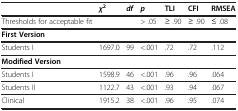
<table><thead><tr><td><b> </b></td><td><b><i>χ</i><sup>2</sup></b></td><td><b><i>df</i></b></td><td><b><i>p</i></b></td><td><b>TLI</b></td><td><b>CFI</b></td><td><b>RMSEA</b></td></tr></thead><tbody><tr><td>Thresholds for acceptable fit</td><td> </td><td> </td><td>&gt; .05</td><td>≥ .90</td><td>≥ .90</td><td>≤ .08</td></tr><tr><td><b>First Version</b></td><td> </td><td> </td><td> </td><td> </td><td> </td><td> </td></tr><tr><td>Students I</td><td>1697.0</td><td>99</td><td>&lt;.001</td><td>.72</td><td>.72</td><td>.112</td></tr><tr><td><b>Modified Version</b></td><td> </td><td> </td><td> </td><td> </td><td> </td><td> </td></tr><tr><td>Students I</td><td>1598.9</td><td>46</td><td>&lt;.001</td><td>.96</td><td>.96</td><td>.064</td></tr><tr><td>Students II</td><td>1122.7</td><td>43</td><td>&lt;.001</td><td>.93</td><td>.94</td><td>.067</td></tr><tr><td>Clinical</td><td>1915.2</td><td>38</td><td>&lt;.001</td><td>.96</td><td>.95</td><td>.074</td></tr></tbody></table>